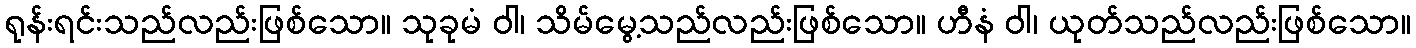
ရုန်းရင်းသည်လည်းဖြစ်သော။ သုခုမံ ဝါ၊ သိမ်မွေ့သည်လည်းဖြစ်သော။ ဟီနံ ဝါ၊ ယုတ်သည်လည်းဖြစ်သော။